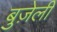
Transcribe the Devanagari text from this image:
बुज़ेली